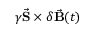
\gamma \vec { \mathbf { S } } \times \delta \vec { \mathbf { B } } ( t )